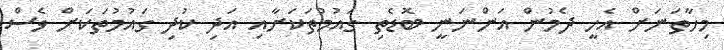
މިހާތަނަށް އެހީ ދެމުން އަންނަނީ ބޮޑެތި ގައުމުތަކަށާއި އަދި ކުދި ގައުމުތަކަށް ވެސް